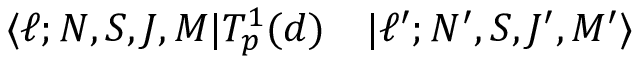
\begin{array} { r l } { \langle \ell ; N , S , J , M | T _ { p } ^ { 1 } ( d ) } & { { } | \ell ^ { \prime } ; N ^ { \prime } , S , J ^ { \prime } , M ^ { \prime } \rangle } \end{array}